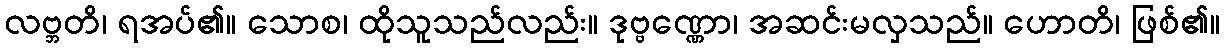
လဗ္ဘတိ၊ ရအပ်၏။ သောစ၊ ထိုသူသည်လည်း။ ဒုဗ္ဗဏ္ဏော၊ အဆင်းမလှသည်။ ဟောတိ၊ ဖြစ်၏။